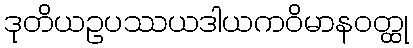
ဒုတိယဥပဿယဒါယကဝိမာနဝတ္ထု